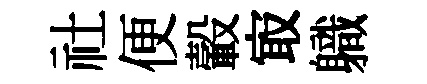
社便轂㝡軄